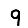
Digit: 9